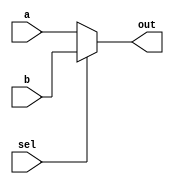
module mux2x1(a,b,sel,out);
input a,b,sel;
output reg out;
always @(a,b,sel) begin
if (sel==1)
out=b;
else
out=a;
end
endmodule 

module mux2x1_tb;
wire out;
reg sel,a,b;
mux2x1 mux1(a,b,sel,out);
initial begin
sel=0;
#20 sel=1;
#20 sel=0;
#25 sel=0;
#35 sel=1;
end
initial begin
a=0;b=0;
#20 a=0;b=1;
#25 a=1;b=0;
#35 a=1;b=1;
end
endmodule